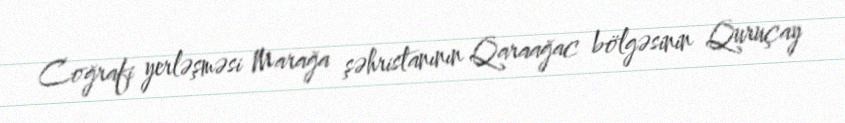
Coğrafi yerləşməsi Marağa şəhristanının Qaraağac bölgəsinin Quruçay